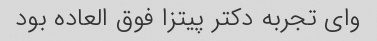
وای تجربه دکتر پیتزا فوق العاده بود